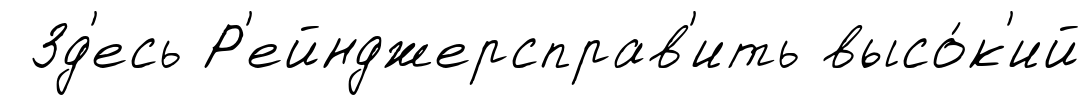
Зд'есь Р'ейнджерсправ'ить высо́к'ий